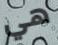
هي